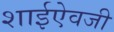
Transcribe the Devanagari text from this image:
शाईऐवजी